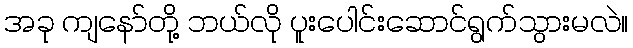
အခု ကျနော်တို့ ဘယ်လို ပူးပေါင်းဆောင်ရွက်သွားမလဲ။